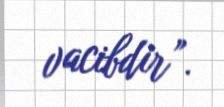
vacibdir”.